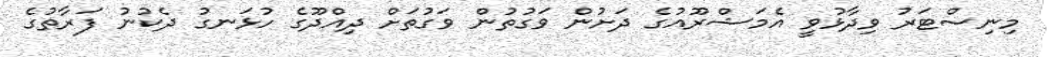
މިނިސްޓަރު ވިދާޅުވީ އެމަޝްރޫއުގެ ދަށުން ވަގުތުން ވަގުތަށް ދިއްދޫގެ ހުޅަނގު ދެކުނު ފަރާތުގެ